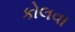
કોલવા